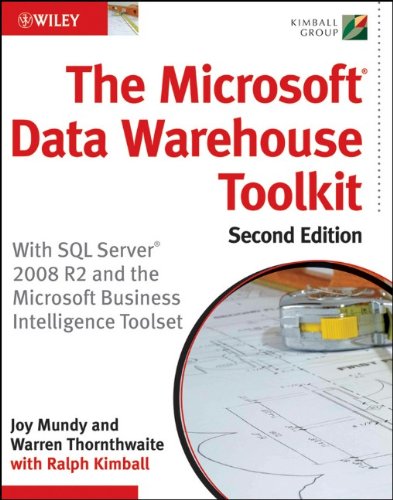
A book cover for The Microsoft Data Warehouse Toolkit: With SQL Server 2008 R2 and the Microsoft Business Intelligence Toolset; Joy Mundy; Computers & Technology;